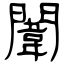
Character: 闈